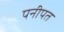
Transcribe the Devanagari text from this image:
पनीपत